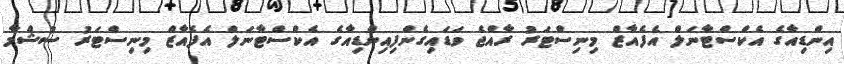
އިންޑިއާގެ އެކްސްޓާނަލް އެފެއާޒް މިނިސްޓަރު ރާއްޖެ ވަޑައިގެންފިއިންޑިއާގެ އެކްސްޓާނަލް އެފެއާޒް މިނިސްޓަރު ސުޝްމާ